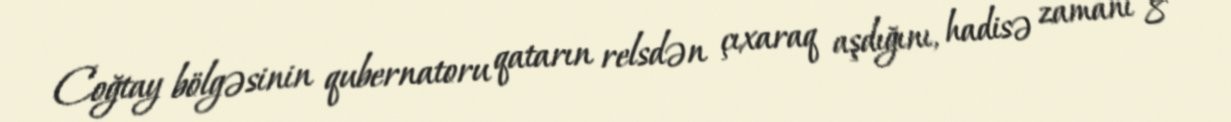
Coğtay bölgəsinin qubernatoru qatarın relsdən çıxaraq aşdığını, hadisə zamanı 8